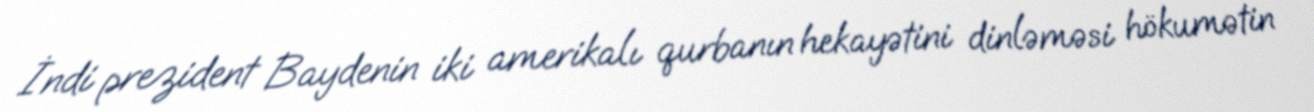
İndi prezident Baydenin iki amerikalı qurbanın hekayətini dinləməsi hökumətin